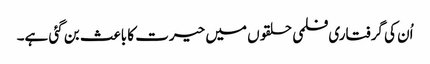
اُن کی گرفتاری فلمی حلقوں میں حیرت کا باعث بن گئی ہے۔